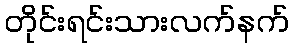
တိုင်းရင်းသားလက်နက်